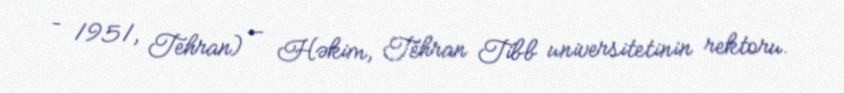
– 1951, Tehran) — Həkim, Tehran Tibb universitetinin rektoru.